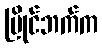
ပြိုင်ဘက်က